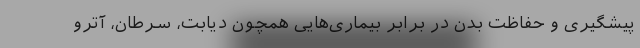
پیشگیری و حفاظت بدن در برابر بیماری‌هایی همچون دیابت، سرطان، آترو